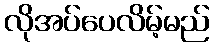
လိုအပ်ပေလိမ့်မည်